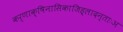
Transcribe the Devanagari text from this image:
कर्णाक्षिनासिकाजिह्लादन्ताःअ